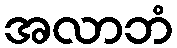
အလာဘံ